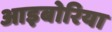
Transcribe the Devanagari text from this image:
आइबोरिया